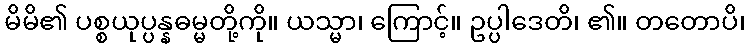
မိမိ၏ ပစ္စယုပ္ပန္နဓမ္မတို့ကို။ ယသ္မာ၊ ကြောင့်။ ဥပ္ပါဒေတိ၊ ၏။ တတောပိ၊